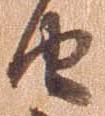
由